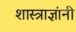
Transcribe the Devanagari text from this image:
शास्त्राज्ञांनी